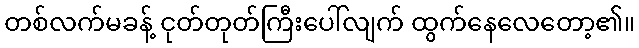
တစ်လက်မခန့် ငုတ်တုတ်ကြီးပေါ်လျက် ထွက်နေလေတော့၏။